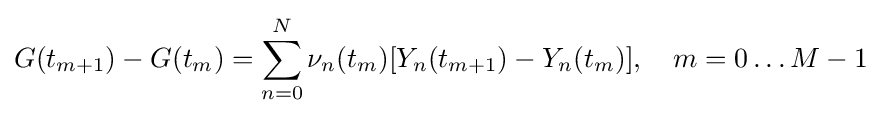
G(t_{m+1})-G(t_{m})=\sum _{n=0}^{N}\nu _{n}(t_{m})[Y_{n}(t_{m+1})-Y_{n}(t_{m})],\quad m=0\ldots M-1